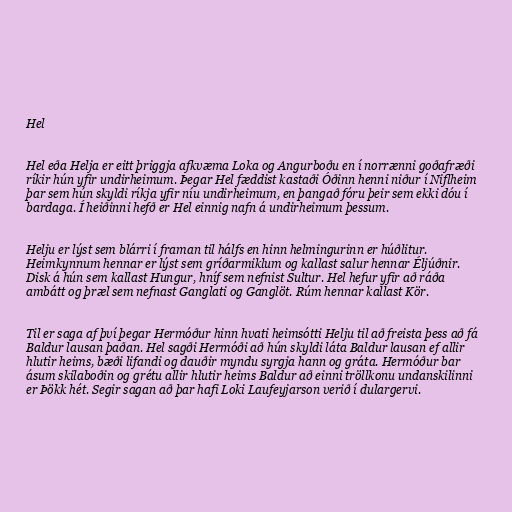
Hel

Hel eða Helja er eitt þriggja afkvæma Loka og Angurboðu en í norrænni goðafræði
ríkir hún yfir undirheimum. Þegar Hel fæddist kastaði Óðinn henni niður í Niflheim
þar sem hún skyldi ríkja yfir níu undirheimum, en þangað fóru þeir sem ekki dóu í
bardaga. Í heiðinni hefð er Hel einnig nafn á undirheimum þessum.

Helju er lýst sem blárri í framan til hálfs en hinn helmingurinn er húðlitur.
Heimkynnum hennar er lýst sem gríðarmiklum og kallast salur hennar Éljúðnir.
Disk á hún sem kallast Hungur, hníf sem nefnist Sultur. Hel hefur yfir að ráða
ambátt og þræl sem nefnast Ganglati og Ganglöt. Rúm hennar kallast Kör.

Til er saga af því þegar Hermóður hinn hvati heimsótti Helju til að freista þess að fá
Baldur lausan þaðan. Hel sagði Hermóði að hún skyldi láta Baldur lausan ef allir
hlutir heims, bæði lifandi og dauðir myndu syrgja hann og gráta. Hermóður bar
ásum skilaboðin og grétu allir hlutir heims Baldur að einni tröllkonu undanskilinni
er Þökk hét. Segir sagan að þar hafi Loki Laufeyjarson verið í dulargervi.